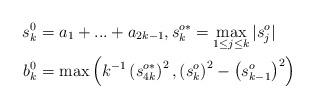
LaTeX: \begin{align*}s_{k}^{0} & =a_{1}+...+a_{2k-1},s_{k}^{o\ast}=\max_{1\leq j\leq k}|s_{j}^{o}|\\b_{k}^{0} & =\max\left( k^{-1}\left( s_{4k}^{o\ast}\right)^{2},\left( s_{k}^{o}\right) ^{2}-\left( s_{k-1}^{o}\right) ^{2}\right)\end{align*}